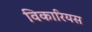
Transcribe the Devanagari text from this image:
विकारियस